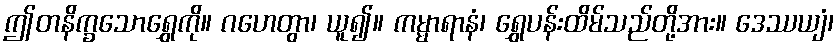
ဤတနိက္ခသောရွှေကို။ ဂဟေတွာ၊ ယူ၍။ ကမ္မာရာနံ၊ ရွှေပန်းထိမ်သည်တို့အား။ ဒေဿယျံ၊